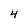
Character: 4